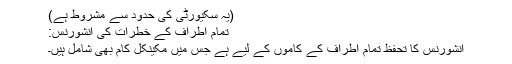
(یہ سکیورٹی کی حدود سے مشروط ہے)
تمام اطراف کے خطرات کی انشورنس:
انشورنس کا تحفظ تمام اطراف کے کاموں کے لیے ہے جس میں مکینکل کام بھی شامل ہیں۔